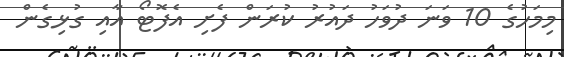
މިމަހުގެ 10 ވަނަ ދުވަހު ދައުރު ކުރަން ފެށި އެފޮޓޯ އާއި ގުޅިގެން